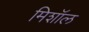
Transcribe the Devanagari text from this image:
मिशॉल